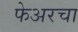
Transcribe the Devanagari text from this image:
फेअरचा